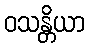
ဝသန္တိယာ